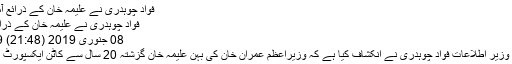
فواد چوہدری نے علیمہ خان کے ذرائع آمدن بتادیئے ,اہم
فواد چوہدری نے علیمہ خان کے ذرائع آمدن بتادیئے
08 جنوری 2019 (21:48) 2019-01-08
اسلام آباد :وفاقی وزیر اطلاعات فواد چوہدری نے انکشاف کیا ہے کہ وزیراعظم عمران خان کی بہن علیمہ خان گزشتہ 20 سال سے کاٹن ایکسپورٹ کاکام کرتی ہیں۔